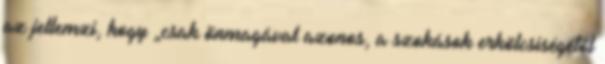
az jellemzi, hogy „csak önmagával azonos, a szokások erkölcsiségétől